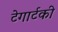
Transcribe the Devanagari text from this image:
टेगार्टकी